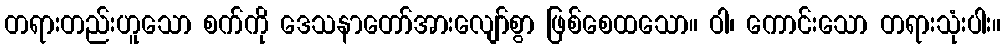
တရားတည်းဟူသော စက်ကို ဒေသနာတော်အားလျော်စွာ ဖြစ်စေထသော။ ဝါ၊ ကောင်းသော တရားသုံးပါး။